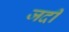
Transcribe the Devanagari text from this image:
जदी